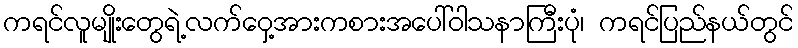
ကရင်လူမျိုးတွေရဲ့လက်ဝှေ့အားကစားအပေါ်ဝါသနာကြီးပုံ၊ ကရင်ပြည်နယ်တွင်